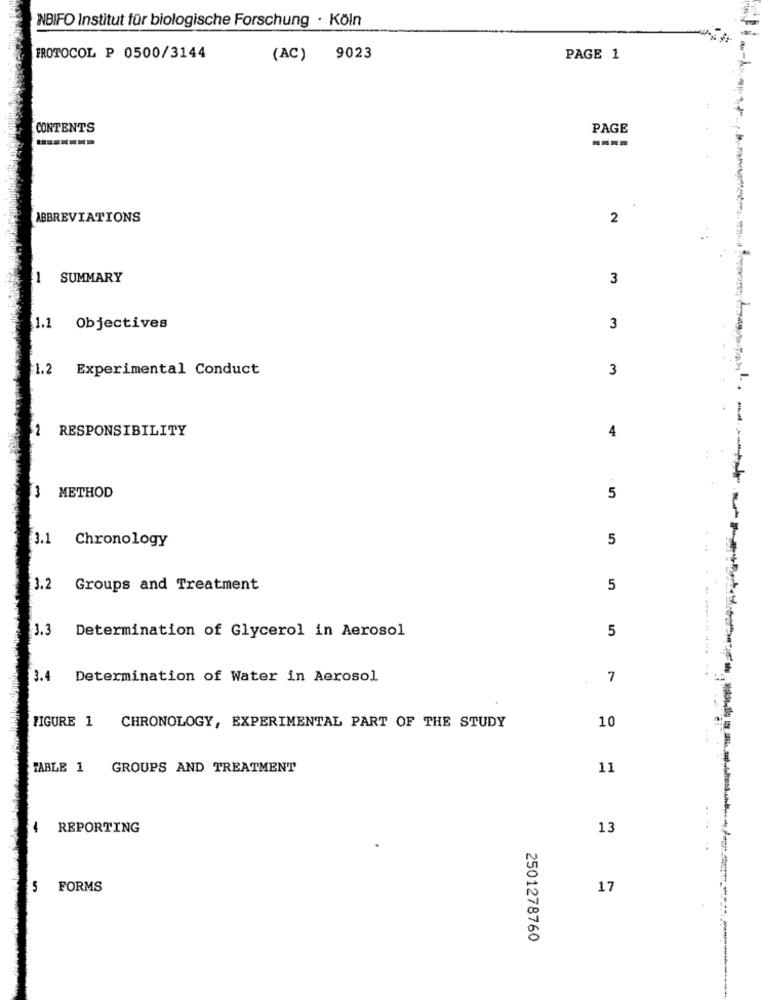
NBIFO Institut für biologische Forschung · Köln
PROTOCOL P 0500/3144
(AC)
9023
PAGE 1
CONTENTS
PAGE
ABBREVIATIONS
2
..
SUMMARY
-
3
1.1
Objectives
3
1.2
Experimental Conduct
3
6 .
RESPONSIBILITY
4
3 METHOD
5
3.1
Chronology
5
3.2
Groups and Treatment
5
-
3.3
5
Determination of Glycerol in Aerosol
3.4
Determination of Water in Aerosol
7
10
FIGURE 1
CHRONOLOGY, EXPERIMENTAL PART OF THE STUDY
TABLE 1 GROUPS AND TREATMENT
11
4
REPORTING
13
5 FORMS
17
2501278760